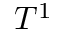
T ^ { 1 }